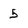
Character: 5